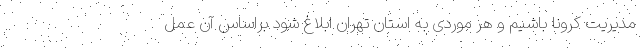
مدیریت کرونا باشیم و هر موردی به استان تهران ابلاغ شود براساس آن عمل